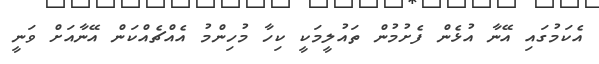
އެކަމުގައި އޭނާ އުޅެން ފެށުމުން ތައުލީމަކީ ކިހާ މުހިންމު އެއްޗެއްކަން އޭނާއަށް ވަނީ